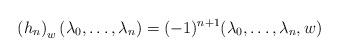
LaTeX: \begin{align*}\left(h_{n}\right)_w ( \lambda_0, \ldots, \lambda_n) = (-1)^{n+1} ( \lambda_0, \ldots, \lambda_n, w)\end{align*}